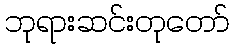
ဘုရားဆင်းတုတော်